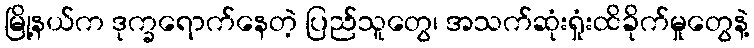
မြို့နယ်က ဒုက္ခရောက်နေတဲ့ ပြည်သူတွေ၊ အသက်ဆုံးရှုံးထိခိုက်မှုတွေနဲ့